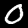
Digit: 0